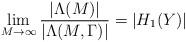
LaTeX: \begin{align*} \lim_{M\to \infty}\frac{|\Lambda(M)|}{|\Lambda(M,\Gamma)|}=|H_{1}(Y)|\end{align*}